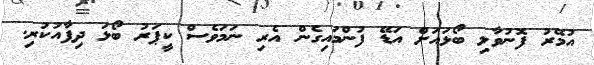
އުމޭރު ފޮނުވާލި ބޯޅައަށް އަޑޭ ފުންމައިގެން އެރި ނަމަވެސް ކީޕަރު ބޯޅަ ދިފާއުކުރި.